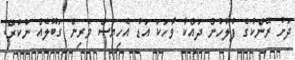
ދަށު ރޭންކުގެ ފުލުހުން ދައްކާ ވާހަކަ އަޑު އެހިޔަސް ވެރިން ގަބޫލެއް ނުކުރޭ.